Lunatic asylums Burma 1907-21 - 1907-1921
Year: 1907
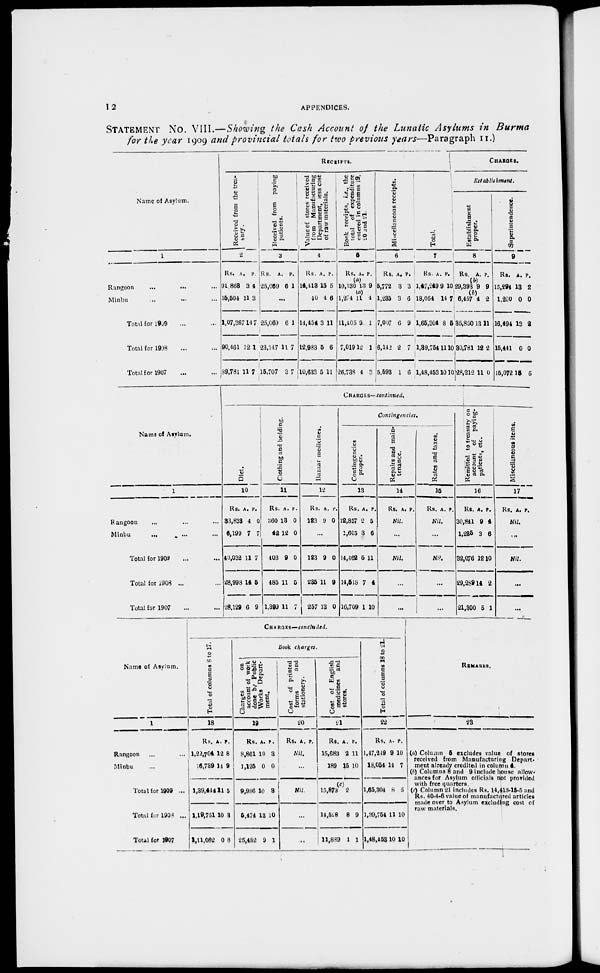
12
APPENDICES.
STATEMENT No. VIII.—Showing the Cash Account of the Lunatic Asylums in Burma
for the year 1909 and provincial totals for two previous years—Paragraph II.)
Name of Asylum.
1
Rangoon ... ... ...
Minbu ... ... ...
Total for 1909 ... ...
Total for 1908 ... ...
Total for 1907 ... ...
RECEIPTS.
Received from the trea-
sury.
2
Rs.
91,863
15,504
1,07,367
90,461
89,781
A.
3
11
14
12
11
P.
4
3
7
1
7
Received from paying
patients.
3
Rs.
25,069
A.
6
P.
1
...
25,069
23,147
15,707
6
11
3
1
7
7
Value of stores received
from Manufacturing
Department, less cost
of raw materials.
4
Rs.
14,418
40
14,454
12,983
10,633
A.
15
4
3
5
5
P.
5
6
11
6
11
Book receipts, i.e., the
total of expenditure
entered in columns 19,
20 and 21.
5
Rs.
10,130
1,274
11,405
7,019
26,738
A.
(a)
13
(a)
11
9
12
4
P.
9
4
1
1
3
Miscellaneous receipts.
6
Rs.
5,772
1,235
7,007
6,142
5,593
A.
3
3
6
2
1
P.
3
6
9
7
6
Total.
7
Rs.
1,47,249
18,054
1,65,304
1,39,754
1,48,453
A.
9
14
8
11
10
P.
10
7
5
10
10
CHARGES.
Establishment.
Establishment
proper.
8
Rs.
29,393
6,457
35,850
30,781
28,212
A.
(b)
9
(b)
4
13
12
11
P.
9
2
11
2
0
Superintendence.
9
Rs.
15,294
1,200
16,494
15,441
15,072
A.
13
0
13
0
15
P.
2
0
2
0
5
Name of Asylum.
1
Rangoon ... ... ...
Minbu
... ... ...
Total for 1909 ... ...
Total for 1908 ... ...
Total for 1907 ... ...
CHARGES— continued.
Diet.
10
Rs.
33,833
6,199
40,032
28,998
28,129
A.
4
7
11
14
6
P.
0
7
7
5
9
Clothing and bedding.
11
Rs.
360
42
403
485
1,399
A.
13
12
9
11
11
P.
0
0
0
5
7
Bazaar medicines.
12
Rs.
123
A.
9
P.
0
...
123
235
257
9
11
13
0
9
0
Contingencies.
Contingencies
proper.
13
Rs.
12,857
1,605
14,462
14,518
16,709
A.
2
3
5
7
1
P.
5
6
11
4
10
Repairs and main-
tenance.
14
Rs. A. P.
Nil.
...
Nil.
...
...
Rates and taxes.
15
Rs. A. P.
Nil.
...
Nil.
...
...
Remitted to treasury on
account of paying-
patients, etc.
16
Rs.
30,841
1,235
32,076
29,289
21,300
A.
9
3
12
14
5
P.
4
6
10
2
1
Miscellaneous items.
17
Rs. A. P.
Nil.
...
Nil.
...
...
Name of Asylum.
1
Rangoon ... ...
Minbu ... ...
Total for 1909 ...
Total for 1908 ...
Total for 1907 ...
CHARGES—concluded.
Total of columns 8 to 17.
18
Rs.
1,22,704
16,739
1,39,444
1,19,751
1,11,082
A.
12
14
111
10
0
P.
8
9
5
3
8
Book charges.
Charges
on
account of work
done by Public
Works Depart-
ment.
19
Rs.
8,861
1,125
9,986
5,474
25,482
A.
10
0
10
13
9
P.
3
0
3
10
1
Cost of printed
forms
and
stationery.
20
Rs. A. P.
Nil.
...
Nil.
...
...
Cost of English
medicines and
stores.
21
Rs.
15,683
189
15,873
14,528
11,889
A.
2
15
(c)
2
8
1
P.
11
10
9
1
Total of columns 18 to 21.
22
Rs.
1,47,249
18,054
1,65,304
1,39,754
1,48,453
A.
9
14
8
11
10
P.
10
7
5
10
10
REMARKS.
23
(a) Column 5 excludes value of stores
received from Manufacturing Depart-
ment already credited in column 4.
(b) Columns 8 and 9 include house allow-
ances for Asylum officials not provided
with free quarters.
(c) Column 21 includes Rs. 14,413-15-5 and
Rs. 40-4-6 value of manufactured articles
made over to Ayslum excluding cost of
raw materials.